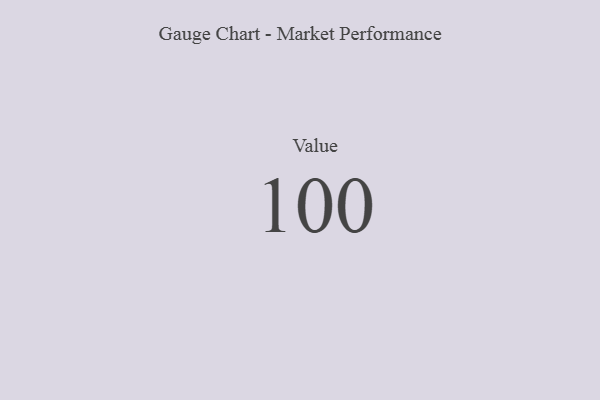
{"axis": {"x": "Metric", "y": "Value"}, "legend": [""], "data": [{"x": "Value", "y": 100, "type": ""}]}